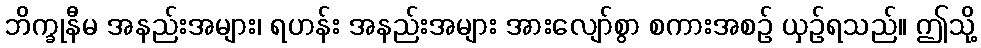
ဘိက္ခုနီမ အနည်းအများ၊ ရဟန်း အနည်းအများ အားလျော်စွာ စကားအစဉ် ယှဉ်ရသည်။ ဤသို့